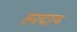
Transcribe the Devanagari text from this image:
हरदाप